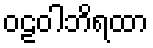
ဝဠဝါဘိရထာ